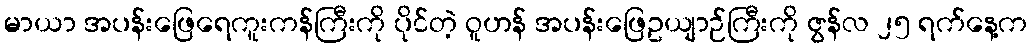
မာယာ အပန်းဖြေရေကူးကန်ကြီးကို ပိုင်တဲ့ ဝူဟန် အပန်းဖြေဥယျာဉ်ကြီးကို ဇွန်လ ၂၅ ရက်နေ့က